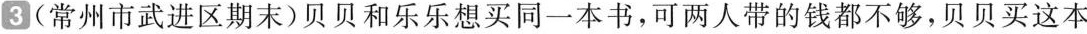
3(常州市武进区期末)贝贝和乐乐想买同一本书，可两人带的钱都不够，贝贝买这本书